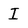
Character: I